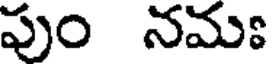
పుం నమః